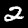
Digit: 2